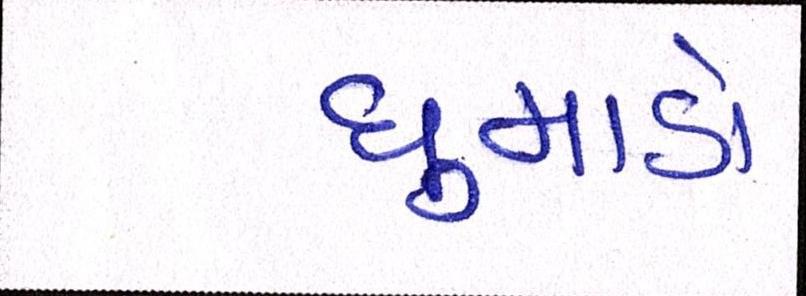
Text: ધુમાડો